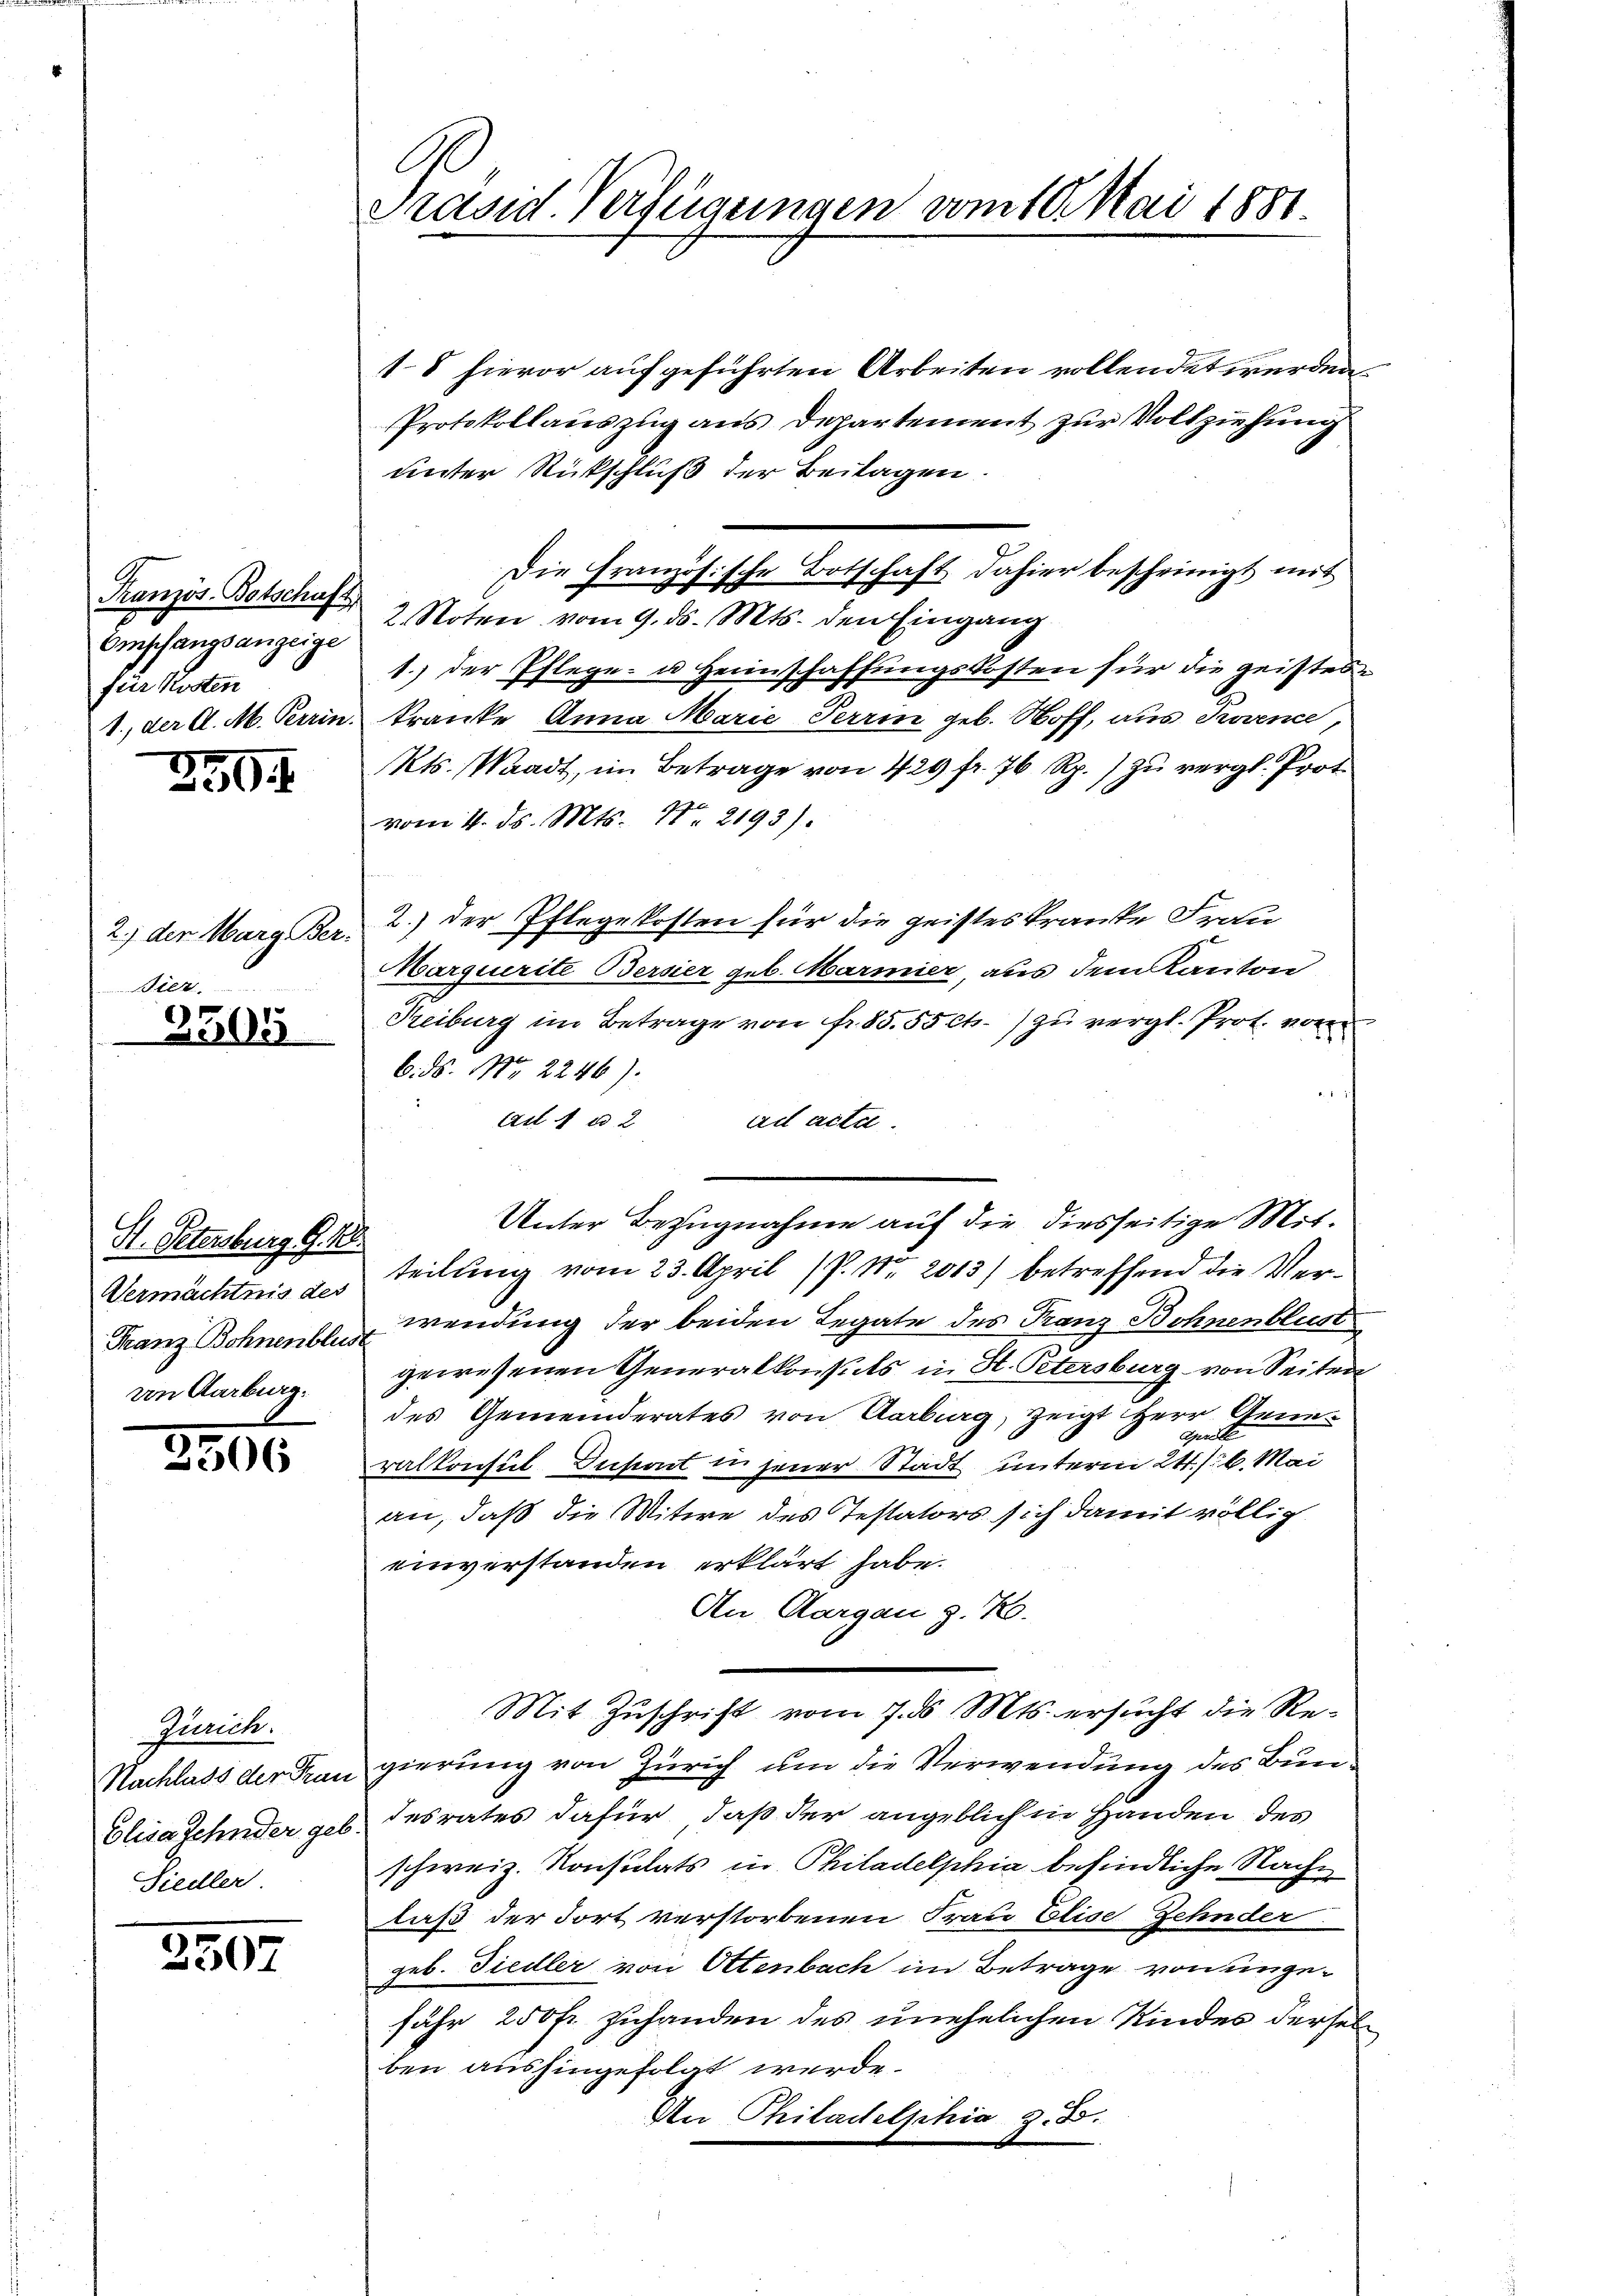
Französ. Botschaft
Ompfangsanzeige
für Kosten
1., der A. M. Perrin.

259. 1

2.) der Marg Ber-
Bier.

r
305

St. Petersburg G. 108.
Vermächtnis des
von Aarburg.

3806

Zürich.
Nachlass der Frau
Elisa Zehnder get
Siedler.

2307

Präsid. Verfügungen vom 10 Mai 1881.

18 hievor aufgeführten Arbeiten vollendet werden.
Protokollauszug aus Departement zur Vollziehung
unter Rückschluß der Beilagen.
2. Noten vom 9. ds. Mts. den Eingang
1.) der Pflege- u Heimschaffungskosten für die geistes
kranke Anna Marie Terrin geb. Stoff, aus Provence,
Kts. (Waadt, im Betrage von 429 fr. 76 Rp.) zu vergl. Prot
vom 4. ds. Mts. No. 2193).
2.) der Pflegekosten für die geisteskranke Frau
Marquerite Bersier geb. Marmier, aus dem Kanton
Reiburg im Betrage von fr. 85. 55 cts. zu vergl. Prot. von
6. ds. Nr. 2246).
ad 1 u 2
ad acta.
Unter Bezugnahme auf die diesseitige Mitteilung vom 23. April (P. Nr. 2013) betreffend die Ver¬
Franz Bohnende wendung der beiden Legate des Franz Bohnenblust
gewesenen Generalkonsuls in St. Petersburg von Seiten
des Gemeinderates von Aarburg, zeigt Herr Gene¬
Gentl
ralkonsul Duport in jener Stadt unterm 24./6. Mai
an, daß die Mitwe des Testators sich damit völlig
einverstanden erklärt habe.
An Aargau z. K.
Mit Zuschrift vom 7. d. Mts. ersucht die Regierung von Zürich um die Verwendung des Bun¬
Iesrates dafür, daß der angeblich in Handen des
schweiz. Konsulats in Philadelphia befindliche Nachlaß der Fort verstorbenen Frau Elise Zehnder
geb. Tiedler von Ottenbach im Betrage von ungefähr 250 fr. zuhanden des unehelichen Kindes derselbe
ben aushingefolgt werde.
An Philadelphia z. B.

Die Französische Botschaft dahier bescheinigt mit